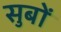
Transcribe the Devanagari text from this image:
सुबों